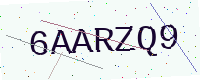
Text: 6AARZQ9